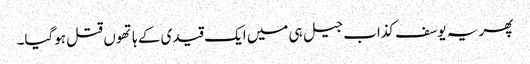
پھر یہ یوسف کذاب جیل ہی میں ایک قیدی کے ہاتھوں قتل ہوگیا۔